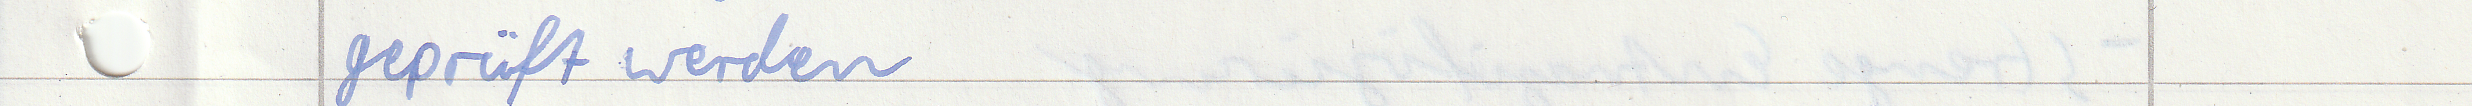
geprüft werden